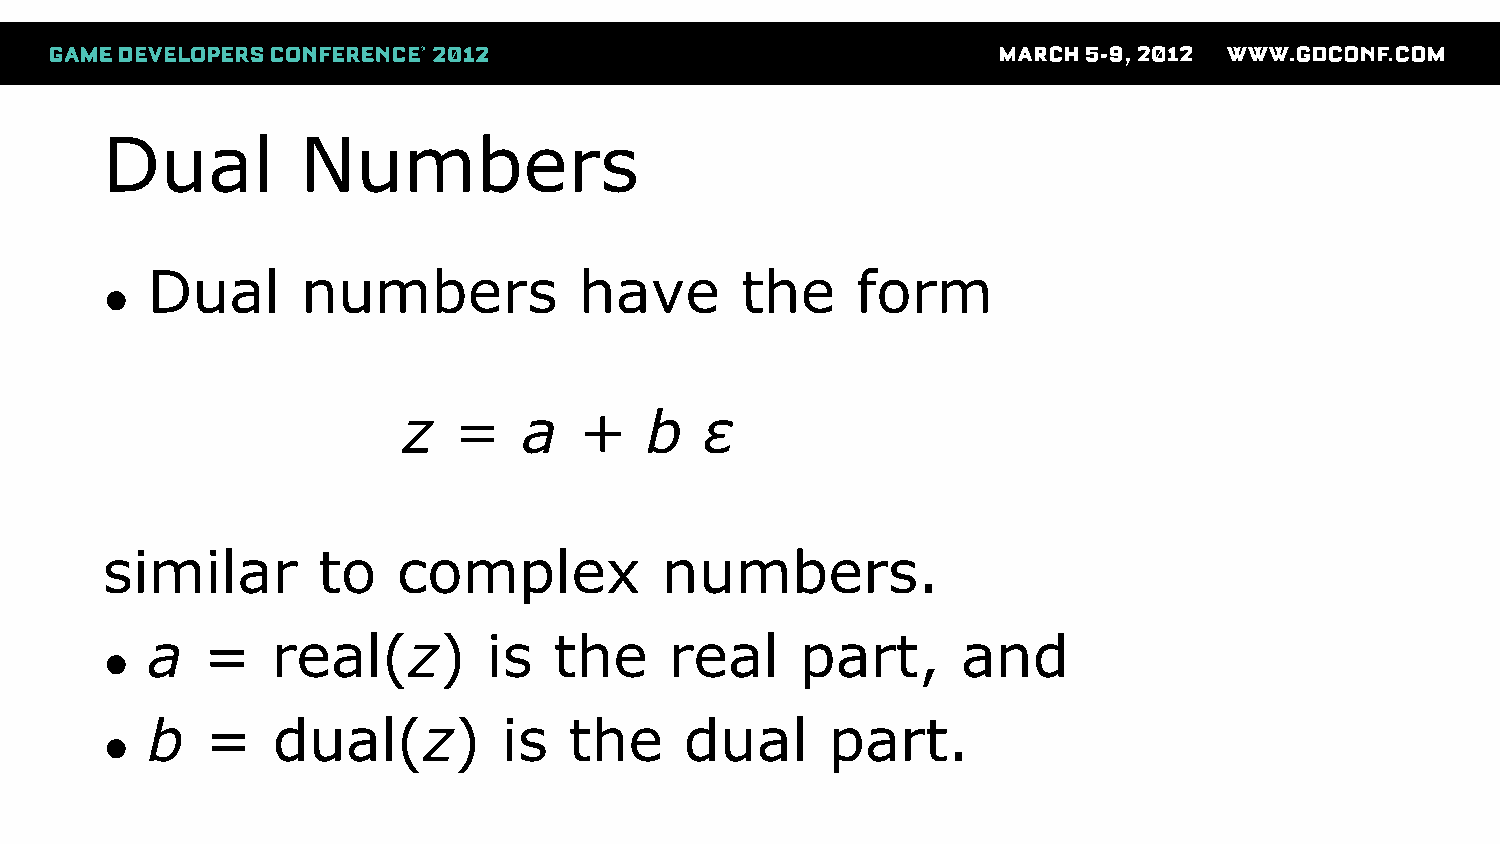
Dual         Numbers
 Dual      numbers           have       the     form
 ●
 z  =    a  +    b   ε
 similar       to   complex           numbers.
 a  =    real(z)       is   the    real     part,      and
 ●
 b   =   dual(z)        is   the    dual      part.
 ●